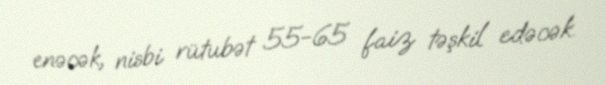
enəcək, nisbi rütubət 55-65 faiz təşkil edəcək.